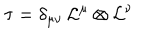
\tau = \delta _ { \mu \nu } \, { \cal L } ^ { \mu } \otimes { \cal L } ^ { \nu }